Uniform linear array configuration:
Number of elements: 64
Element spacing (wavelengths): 1
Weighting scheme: blackman
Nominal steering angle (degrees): -15
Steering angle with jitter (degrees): -13.813
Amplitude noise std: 0.05
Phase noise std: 0.05

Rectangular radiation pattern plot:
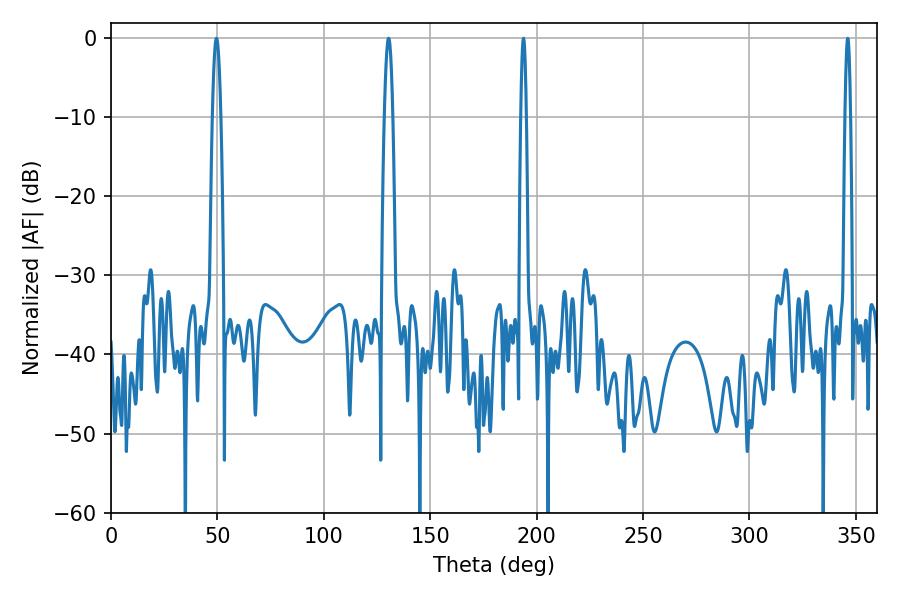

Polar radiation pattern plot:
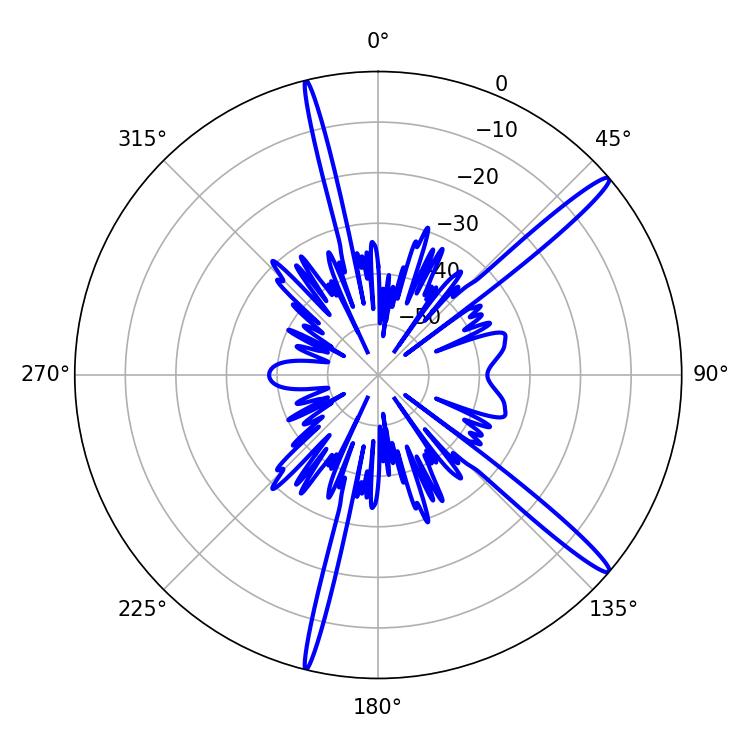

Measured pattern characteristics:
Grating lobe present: TRUE
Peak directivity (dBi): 15.963
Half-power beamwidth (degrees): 1.44
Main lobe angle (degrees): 193.86